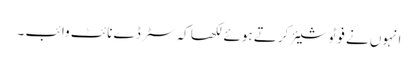
انہوں نے فوٹو شیئر کرتے ہوئے لکھا کہ سٹرڈے نائٹ وائب ۔